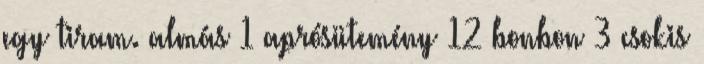
egy tiram. almás 1 aprósütemény 12 bonbon 3 csokis